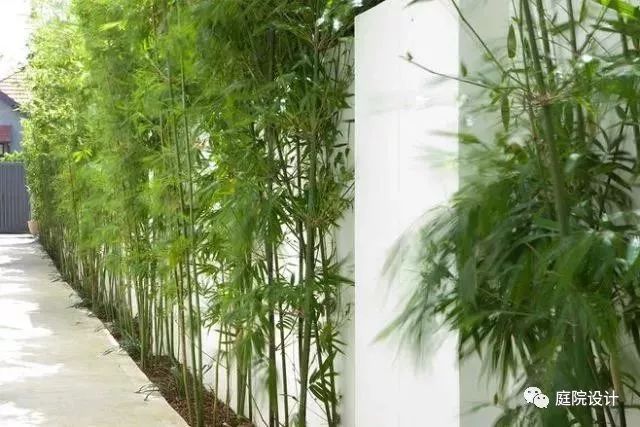
道人庭宇静，苔色连深竹。